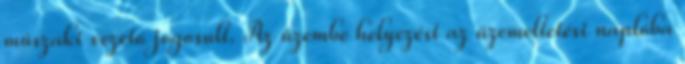
mûszaki vezetõ jogosult. Az üzembe helyezést az üzemeltetési naplóba